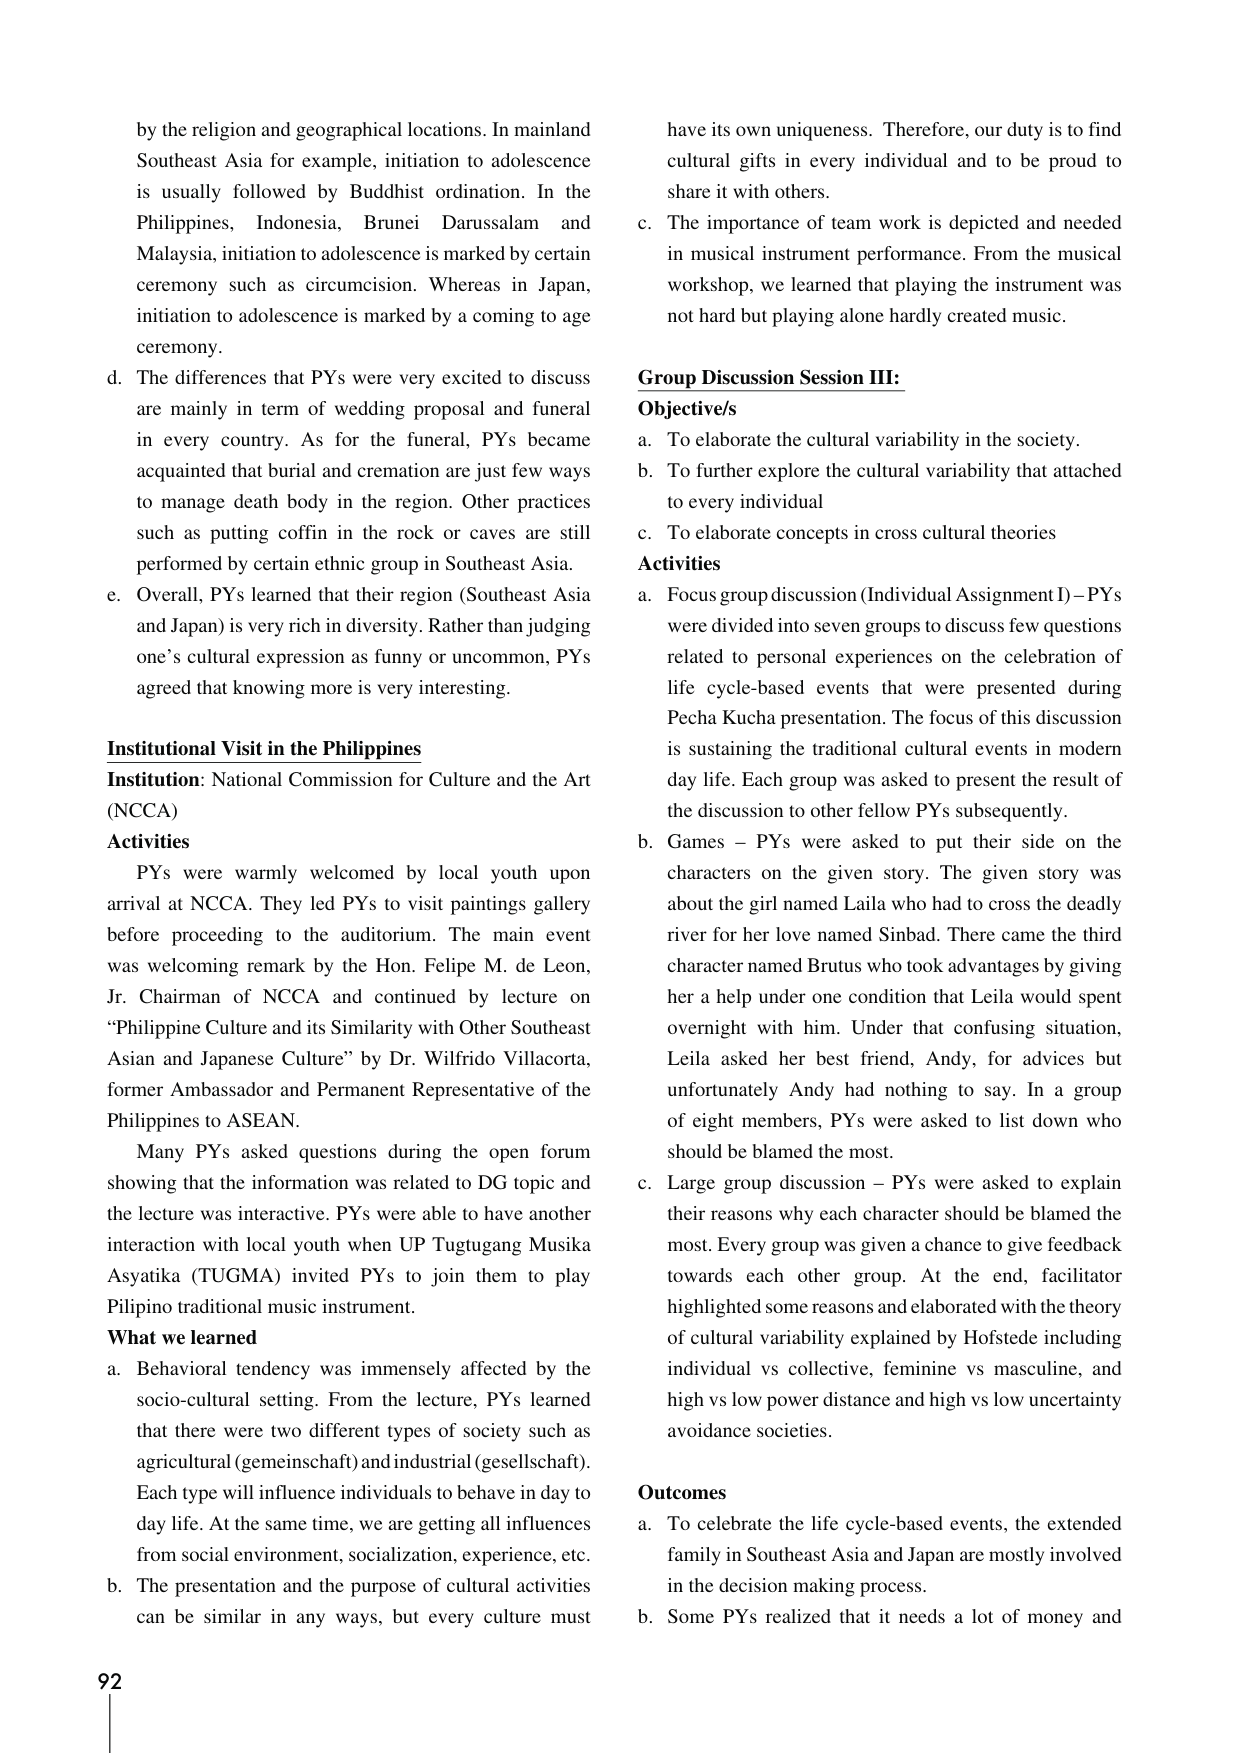
by the religion and geographical locations. In mainland Southeast Asia for example, initiation to adolescence is usually followed by Buddhist ordination. In the Philippines, Indonesia, Brunei Darussalam and Malaysia, initiation to adolescence is marked by certain ceremony such as circumcision. Whereas in Japan, initiation to adolescence is marked by a coming to age ceremony.

d. The differences that PYs were very excited to discuss are mainly in term of wedding proposal and funeral in every country. As for the funeral, PYs became acquainted that burial and cremation are just few ways to manage death body in the region. Other practices such as putting coffin in the rock or caves are still performed by certain ethnic group in Southeast Asia.

e. Overall, PYs learned that their region (Southeast Asia and Japan) is very rich in diversity. Rather than judging one’s cultural expression as funny or uncommon, PYs agreed that knowing more is very interesting.

Institutional Visit in the Philippines
Institution: National Commission for Culture and the Art (NCCA)
Activities
PYs were warmly welcomed by local youth upon arrival at NCCA. They led PYs to visit paintings gallery before proceeding to the auditorium. The main event was welcoming remark by the Hon. Felipe M. de Leon, Jr. Chairman of NCCA and continued by lecture on “Philippine Culture and its Similarity with Other Southeast Asian and Japanese Culture” by Dr. Wilfrido Villacorta, former Ambassador and Permanent Representative of the Philippines to ASEAN.

Many PYs asked questions during the open forum showing that the information was related to DG topic and the lecture was interactive. PYs were able to have another interaction with local youth when UP Tugtugang Musika Asyatika (TUGMA) invited PYs to join them to play Pilipino traditional music instrument.

What we learned
a. Behavioral tendency was immensely affected by the socio-cultural setting. From the lecture, PYs learned that there were two different types of society such as agricultural (gemeinschaft) and industrial (gesellschaft). Each type will influence individuals to behave in day to day life. At the same time, we are getting all influences from social environment, socialization, experience, etc.
b. The presentation and the purpose of cultural activities can be similar in any ways, but every culture must have its own uniqueness. Therefore, our duty is to find cultural gifts in every individual and to be proud to share it with others.
c. The importance of team work is depicted and needed in musical instrument performance. From the musical workshop, we learned that playing the instrument was not hard but playing alone hardly created music.

Group Discussion Session III:
Objective/s
a. To elaborate the cultural variability in the society.
b. To further explore the cultural variability that attached to every individual
c. To elaborate concepts in cross cultural theories

Activities
a. Focus group discussion (Individual Assignment I) – PYs were divided into seven groups to discuss few questions related to personal experiences on the celebration of life cycle-based events that were presented during Pecha Kucha presentation. The focus of this discussion is sustaining the traditional cultural events in modern day life. Each group was asked to present the result of the discussion to other fellow PYs subsequently.
b. Games – PYs were asked to put their side on the characters on the given story. The given story was about the girl named Laila who had to cross the deadly river for her love named Sinbad. There came the third character named Brutus who took advantages by giving her a help under one condition that Leila would spent overnight with him. Under that confusing situation, Leila asked her best friend, Andy, for advices but unfortunately Andy had nothing to say. In a group of eight members, PYs were asked to list down who should be blamed the most.
c. Large group discussion – PYs were asked to explain their reasons why each character should be blamed the most. Every group was given a chance to give feedback towards each other group. At the end, facilitator highlighted some reasons and elaborated with the theory of cultural variability explained by Hofstede including individual vs collective, feminine vs masculine, and high vs low power distance and high vs low uncertainty avoidance societies.

Outcomes
a. To celebrate the life cycle-based events, the extended family in Southeast Asia and Japan are mostly involved in the decision making process.
b. Some PYs realized that it needs a lot of money and

92